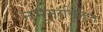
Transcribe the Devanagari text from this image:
नमुनाविहित